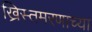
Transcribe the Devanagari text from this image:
ख्रिस्तमरणाच्या